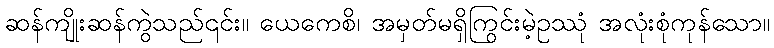
ဆန်ကျိုးဆန်ကွဲသည်၎င်း။ ယေကေစိ၊ အမှတ်မရှိကြွင်းမဲ့ဥဿုံ အလုံးစုံကုန်သော။